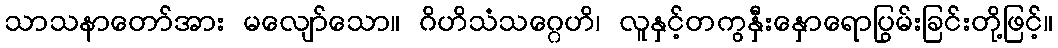
သာသနာတော်အား မလျော်သော။ ဂိဟိသံသဂ္ဂေဟိ၊ လူနှင့်တကွနှီးနှောရောပြွမ်းခြင်းတို့ဖြင့်။